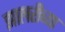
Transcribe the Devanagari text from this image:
झालरीच्या